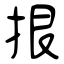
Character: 拫